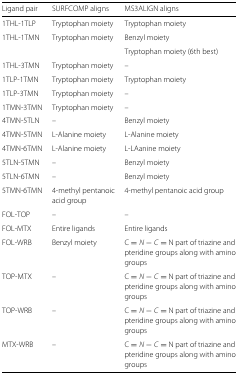
<table><thead><tr><td><b>Ligand pair</b></td><td><b>SURFCOMP aligns</b></td><td><b>MS3ALIGN aligns</b></td></tr></thead><tbody><tr><td>1THL-1TLP</td><td>Tryptophan moiety</td><td>Tryptophan moiety</td></tr><tr><td>1THL-1TMN</td><td>Tryptophan moiety</td><td>Benzyl moiety</td></tr><tr><td></td><td></td><td>Tryptophan moiety (6th best)</td></tr><tr><td>1THL-3TMN</td><td>Tryptophan moiety</td><td>–</td></tr><tr><td>1TLP-1TMN</td><td>Tryptophan moiety</td><td>Tryptophan moiety</td></tr><tr><td>1TLP-3TMN</td><td>Tryptophan moiety</td><td>–</td></tr><tr><td>1TMN-3TMN</td><td>Tryptophan moiety</td><td>–</td></tr><tr><td>4TMN-5TLN</td><td>–</td><td>Benzyl moiety</td></tr><tr><td>4TMN-5TMN</td><td>L-Alanine moiety</td><td>L-Alanine moiety</td></tr><tr><td>4TMN-6TMN</td><td>L-Alanine moiety</td><td>L-LAanine moiety</td></tr><tr><td>5TLN-5TMN</td><td>–</td><td>Benzyl moiety</td></tr><tr><td>5TLN-6TMN</td><td>–</td><td>Benzyl moiety</td></tr><tr><td>5TMN-6TMN</td><td>4-methyl pentanoic</td><td>4-methyl pentanoic acid group</td></tr><tr><td></td><td>acid group</td><td></td></tr><tr><td>FOL-TOP</td><td>–</td><td>–</td></tr><tr><td>FOL-MTX</td><td>Entire ligands</td><td>Entire ligands</td></tr><tr><td>FOL-WRB</td><td>Benzyl moiety</td><td>C =<i>N</i>−<i>C</i>= N part of triazine and</td></tr><tr><td></td><td></td><td>pteridine groups along with amino</td></tr><tr><td></td><td></td><td>groups</td></tr><tr><td>TOP-MTX</td><td>–</td><td>C =<i>N</i>−<i>C</i>= N part of triazine and</td></tr><tr><td></td><td></td><td>pteridine groups along with amino</td></tr><tr><td></td><td></td><td>groups</td></tr><tr><td>TOP-WRB</td><td>–</td><td>C =<i>N</i>−<i>C</i>= N part of triazine and</td></tr><tr><td></td><td></td><td>pteridine groups along with amino</td></tr><tr><td></td><td></td><td>groups</td></tr><tr><td>MTX-WRB</td><td>–</td><td>C =<i>N</i>−<i>C</i>= N part of triazine and</td></tr><tr><td></td><td></td><td>pteridine groups along with amino</td></tr><tr><td></td><td></td><td>groups</td></tr></tbody></table>